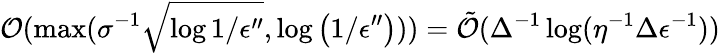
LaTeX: \mathcal{O}(\operatorname*{max}(\sigma^{-1}\sqrt{\log{1/\epsilon^{\prime\prime}}},\log\left(1/\epsilon^{\prime\prime}\right)))=\tilde{\mathcal{O}}(\Delta^{-1}\log(\eta^{-1}\Delta\epsilon^{-1}))